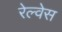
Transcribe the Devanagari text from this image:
रेल्वेस